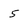
Character: 5